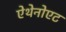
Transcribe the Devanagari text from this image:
ऐथेनोएट